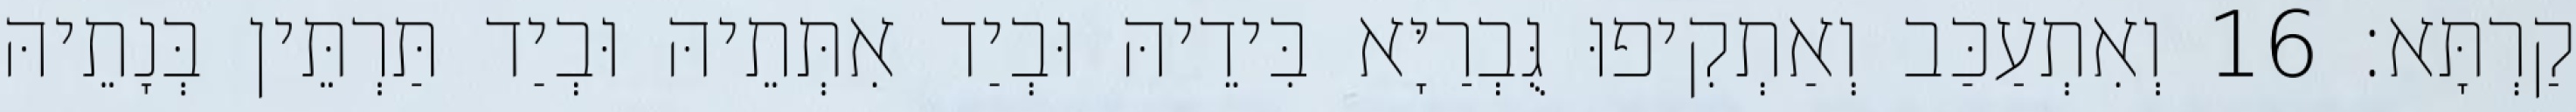
קַרְתָּא׃ 16 וְאִתְעַכַּב וְאַתְקִיפוּ גֻּבְרַיָּא בִּידֵיהּ וּבְיַד אִתְּתֵיהּ וּבְיַד תַּרְתֵּין בְּנָתֵיהּ